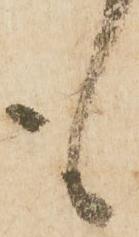
も